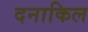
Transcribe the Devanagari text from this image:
दनाकिल